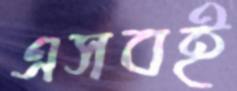
এসবই